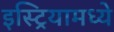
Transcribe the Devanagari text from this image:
इस्ट्रियामध्ये